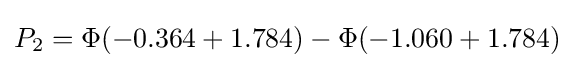
P_{2}=\Phi (-0.364+1.784)-\Phi (-1.060+1.784)